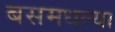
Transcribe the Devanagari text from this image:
बसमधल्या